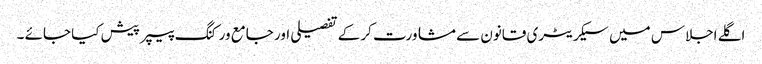
اگلے اجلاس میں سیکریٹری قانون سے مشاورت کر کے تفصیلی اور جامع ورکنگ پیپر پیش کیا جائے ۔